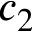
c _ { 2 }